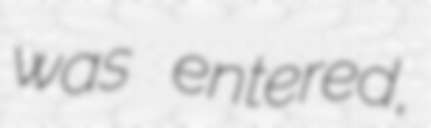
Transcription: was entered,